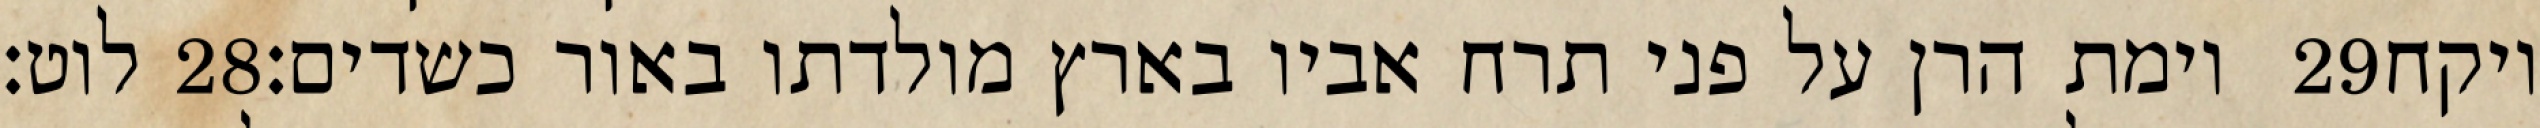
לוט׃ ‎28‏ וימת הרן על פני תרח אביו בארץ מולדתו באור כשדים׃ ‎29‏ ויקח